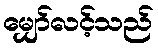
မျှော်လင့်သည်